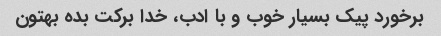
برخورد پیک بسیار خوب و با ادب، خدا برکت بده بهتون